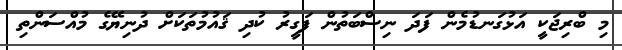
މި ބްރިޖަކީ އަޅުގަނޑުމެން ފަދަ ނިސްބަތުން ފަގީރު ކުދި ޤައުމުތަކަށް ދުނިޔޭގެ މުއްސަންތި